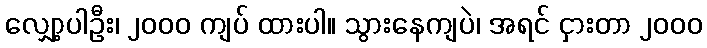
လျှော့ပါဦး၊ ၂၀၀၀ ကျပ် ထားပါ။ သွားနေကျပဲ၊ အရင် ငှားတာ ၂၀၀၀